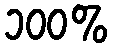
၁၀၀%